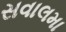
સવાલમા